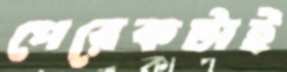
পেরেকটাই